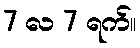
7 လ 7 ရက်။